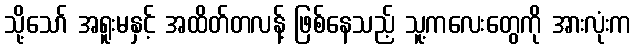
သို့သော် အရူးမနှင့် အထိတ်တလန့် ဖြစ်နေသည့် သူ့ကလေးတွေကို အားလုံးက